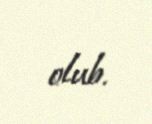
olub.